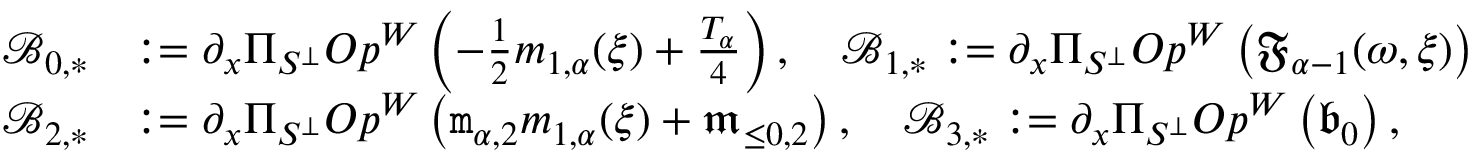
\begin{array} { r l } { \mathcal { B } _ { 0 , * } } & { : = \partial _ { x } \Pi _ { S ^ { \perp } } O p ^ { W } \left( - \frac { 1 } { 2 } m _ { 1 , \alpha } ( \xi ) + \frac { T _ { \alpha } } { 4 } \right) , \quad \mathcal { B } _ { 1 , * } : = \partial _ { x } \Pi _ { S ^ { \perp } } O p ^ { W } \left( \mathfrak { F } _ { \alpha - 1 } ( \omega , \xi ) \right) } \\ { \mathcal { B } _ { 2 , * } } & { : = \partial _ { x } \Pi _ { S ^ { \perp } } O p ^ { W } \left( \mathtt { m } _ { \alpha , 2 } m _ { 1 , \alpha } ( \xi ) + \mathfrak { m } _ { \le 0 , 2 } \right) , \quad \mathcal { B } _ { 3 , * } : = \partial _ { x } \Pi _ { S ^ { \perp } } O p ^ { W } \left( \mathfrak { b } _ { 0 } \right) , } \end{array}